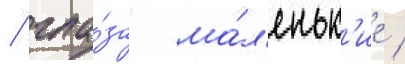
/ гла́за ма́л'еньк'ие /